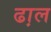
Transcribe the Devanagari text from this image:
ढा़ल